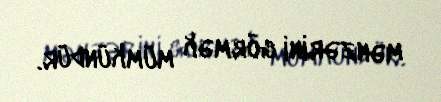
mənzərini görmək mümkündür.